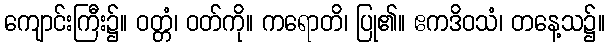
ကျောင်းကြီး၌။ ဝတ္တံ၊ ဝတ်ကို။ ကရောတိ၊ ပြု၏။ ဧကဒိဝသံ၊ တနေ့သ၌။